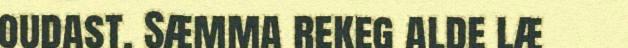
oudast. Sæmma rekeg alde læ